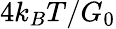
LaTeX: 4k_{B}T/G_{0}